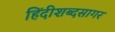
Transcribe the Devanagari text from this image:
हिंदीशब्दसागर